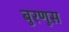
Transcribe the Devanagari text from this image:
बुरणूस